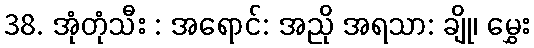
38. အုံတုံသီး : အရောင်: အညို အရသာ: ချို၊ မွှေး